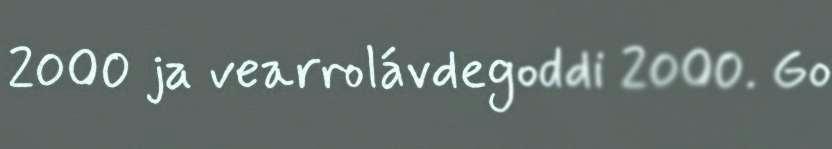
2000 ja vearrolávdegoddi 2000. Go